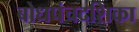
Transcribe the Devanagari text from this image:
बोधपंचदशिका